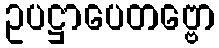
ဥပဋ္ဌာပေတဗ္ဗော